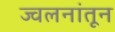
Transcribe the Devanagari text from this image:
ज्वलनांतून